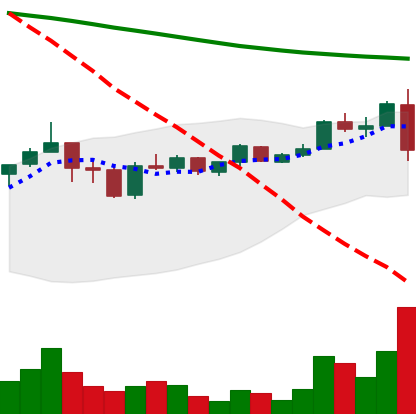
Ticker: ADA-USD
Chart end date: 2019-01-10
Forward return: -3.86%
Label: down_3_5